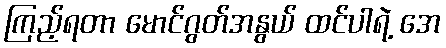
ကြည့်ရတာ မောင်ဂွတ်အနွယ် ထင်ပါရဲ့ အေ